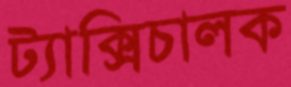
ট্যাক্সিচালক